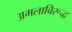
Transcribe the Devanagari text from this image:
अमलाविरूद्ध